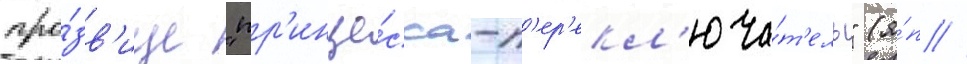
про́зв'ище "пр'инце́сса-п'ер'екл'юча́т'ель" (я́п //